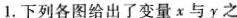
1.下列各图给出了变量x与y之